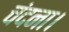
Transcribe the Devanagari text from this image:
चंदना।